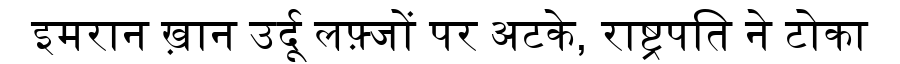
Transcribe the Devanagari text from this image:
इमरान ख़ान उर्दू लफ़्जों पर अटके, राष्ट्रपति ने टोका